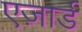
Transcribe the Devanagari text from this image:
एज़ार्ड